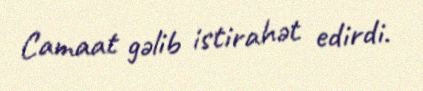
Camaat gəlib istirahət edirdi.